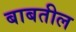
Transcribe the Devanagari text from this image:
बाबतील